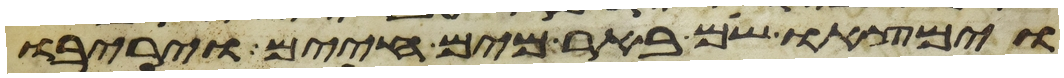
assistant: וימצאו שם באר מים חיים ויריבו